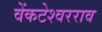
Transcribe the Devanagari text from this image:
वेंकटेश्वरराव